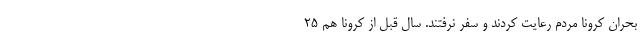
بحران کرونا مردم رعایت کردند و سفر نرفتند. سال قبل از کرونا هم ۲۵